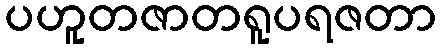
ပဟူတဇာတရူပရဇတာ